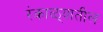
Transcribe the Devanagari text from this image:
रंकाळ्यातील